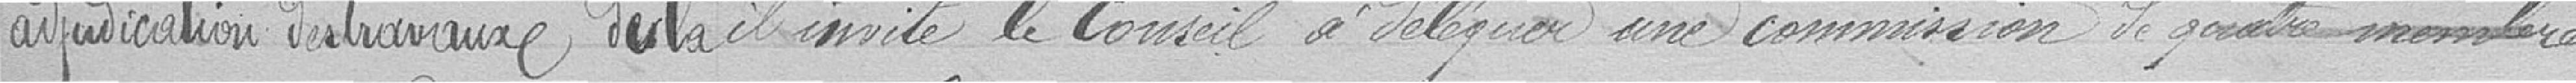
adjudication des travaux de la               il invite le Conseil à déléguer une commission de quatre membres